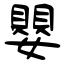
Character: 嬰